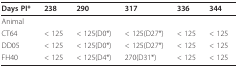
<table><thead><tr><td><b>Days PI*</b></td><td><b>238</b></td><td><b>290</b></td><td><b>317</b></td><td><b>336</b></td><td><b>344</b></td></tr></thead><tbody><tr><td>Animal</td><td></td><td></td><td></td><td></td><td></td></tr><tr><td>CT64</td><td>&lt; 125</td><td>&lt; 125(D0*)</td><td>&lt; 125(D27*)</td><td>&lt; 125</td><td>&lt; 125</td></tr><tr><td>DD05</td><td>&lt; 125</td><td>&lt; 125(D0*)</td><td>&lt; 125(D27*)</td><td>&lt; 125</td><td>&lt; 125</td></tr><tr><td>FH40</td><td>&lt; 125</td><td>&lt; 125(D4*)</td><td>270(D31*)</td><td>&lt; 125</td><td>&lt; 125</td></tr></tbody></table>